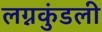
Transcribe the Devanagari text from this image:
लग्नकुंडली